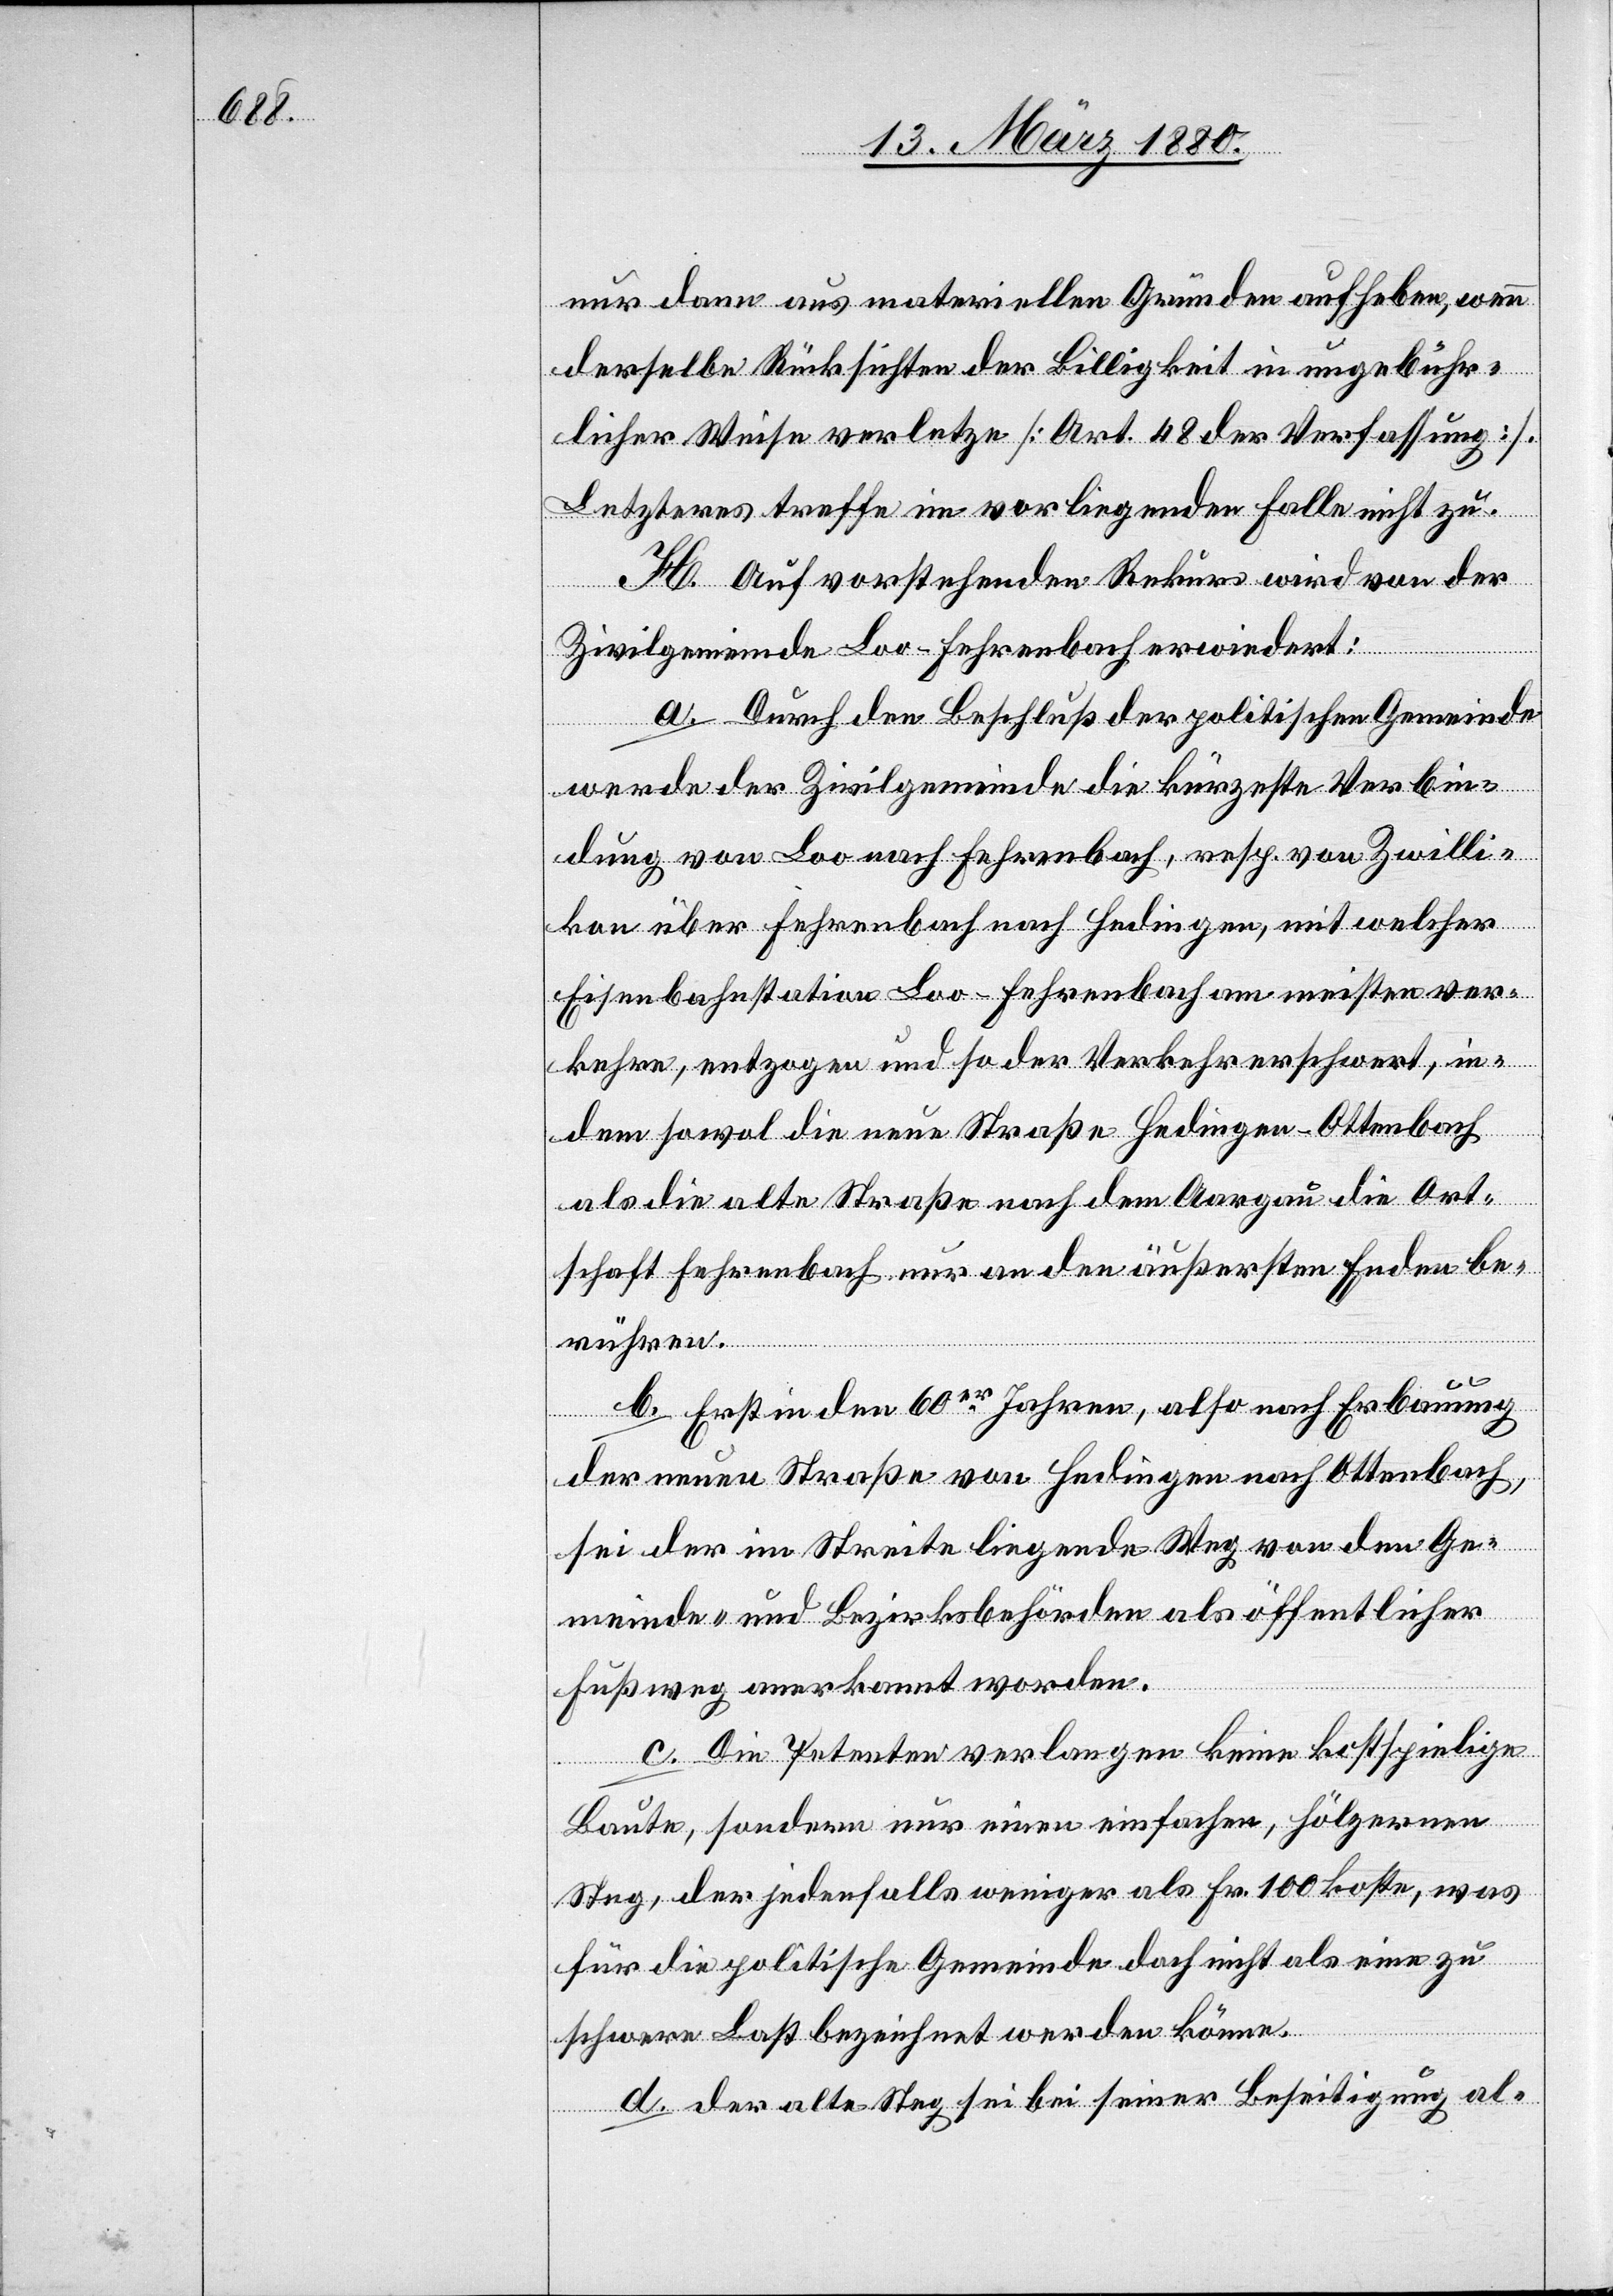
nur dann aus materiellen Gründen aufheben, wenn
derselbe Rücksichten der Billigkeit in ungebühr¬
licher Weise verletze [Art. 48 der Verfassung].
Letzteres treffe im vorliegenden Falle nicht zu.
H. Auf vorstehenden Rekurs wird von der
Zivilgemeinde Loo-Fehrenbach erwiedert:
a. Durch den Beschluß der politischen Gemeinde
werde der Zivilgemeinde die kürzeste Verbin¬
dung von Loo nach Fehrenbach, resp. nach Zwilli¬
kon über Fehrenbach Hedingen, mit welcher
Eisenbahnstation Loo-Fehrenbach am meisten ver¬
kehre, entzogen und so der Verkehr erschwert, in¬
dem sowol die neue Straße Hedingen–Ottenbach
als die alte Straße nach Aargau die Ort¬
schaft Fehrenbach nur an den äußersten Enden be¬
rühren.
b. Erst in den 60er Jahren, also nach Erbauung
der neuen Straße von Hedingen nach Ottenbach,
sei der im Streite liegende Weg von den Ge¬
meinde- und Bezirksbehörden als öffentlicher
Fußweg anerkannt worden.
c. Die Petenten verlangen keine kostspielige
Baute, sondern nur einen einfachen, hölzernen
Steg, der jedenfalls weniger als Fr. 100 koste, was
für die politische Gemeinde doch nicht als eine zu
schwere Last bezeichnet werden könne.
d. Der alte Steg sei bei seiner Beseitigung al-